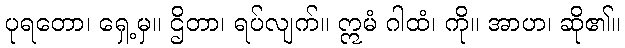
ပုရတော၊ ရှေ့မှ။ ဌိတာ၊ ရပ်လျက်။ ဣမံ ဂါထံ၊ ကို။ အာဟ၊ ဆို၏။